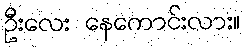
ဦးလေး နေကောင်းလား။